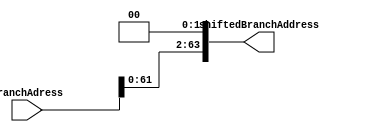
module Shift_Left2 (branchAdress,shiftedBranchAddress);
 input[63:0] branchAdress;
 output reg [63:0] shiftedBranchAddress;

  always @(branchAdress) begin
    shiftedBranchAddress = branchAdress << 2;
  end

endmodule